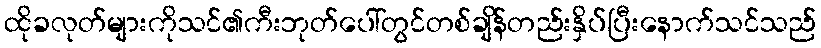
ထိုခလုတ်များကိုသင်၏ကီးဘုတ်ပေါ်တွင်တစ်ချိန်တည်းနှိပ်ပြီးနောက်သင်သည်